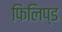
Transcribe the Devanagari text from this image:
फिलिप्ड